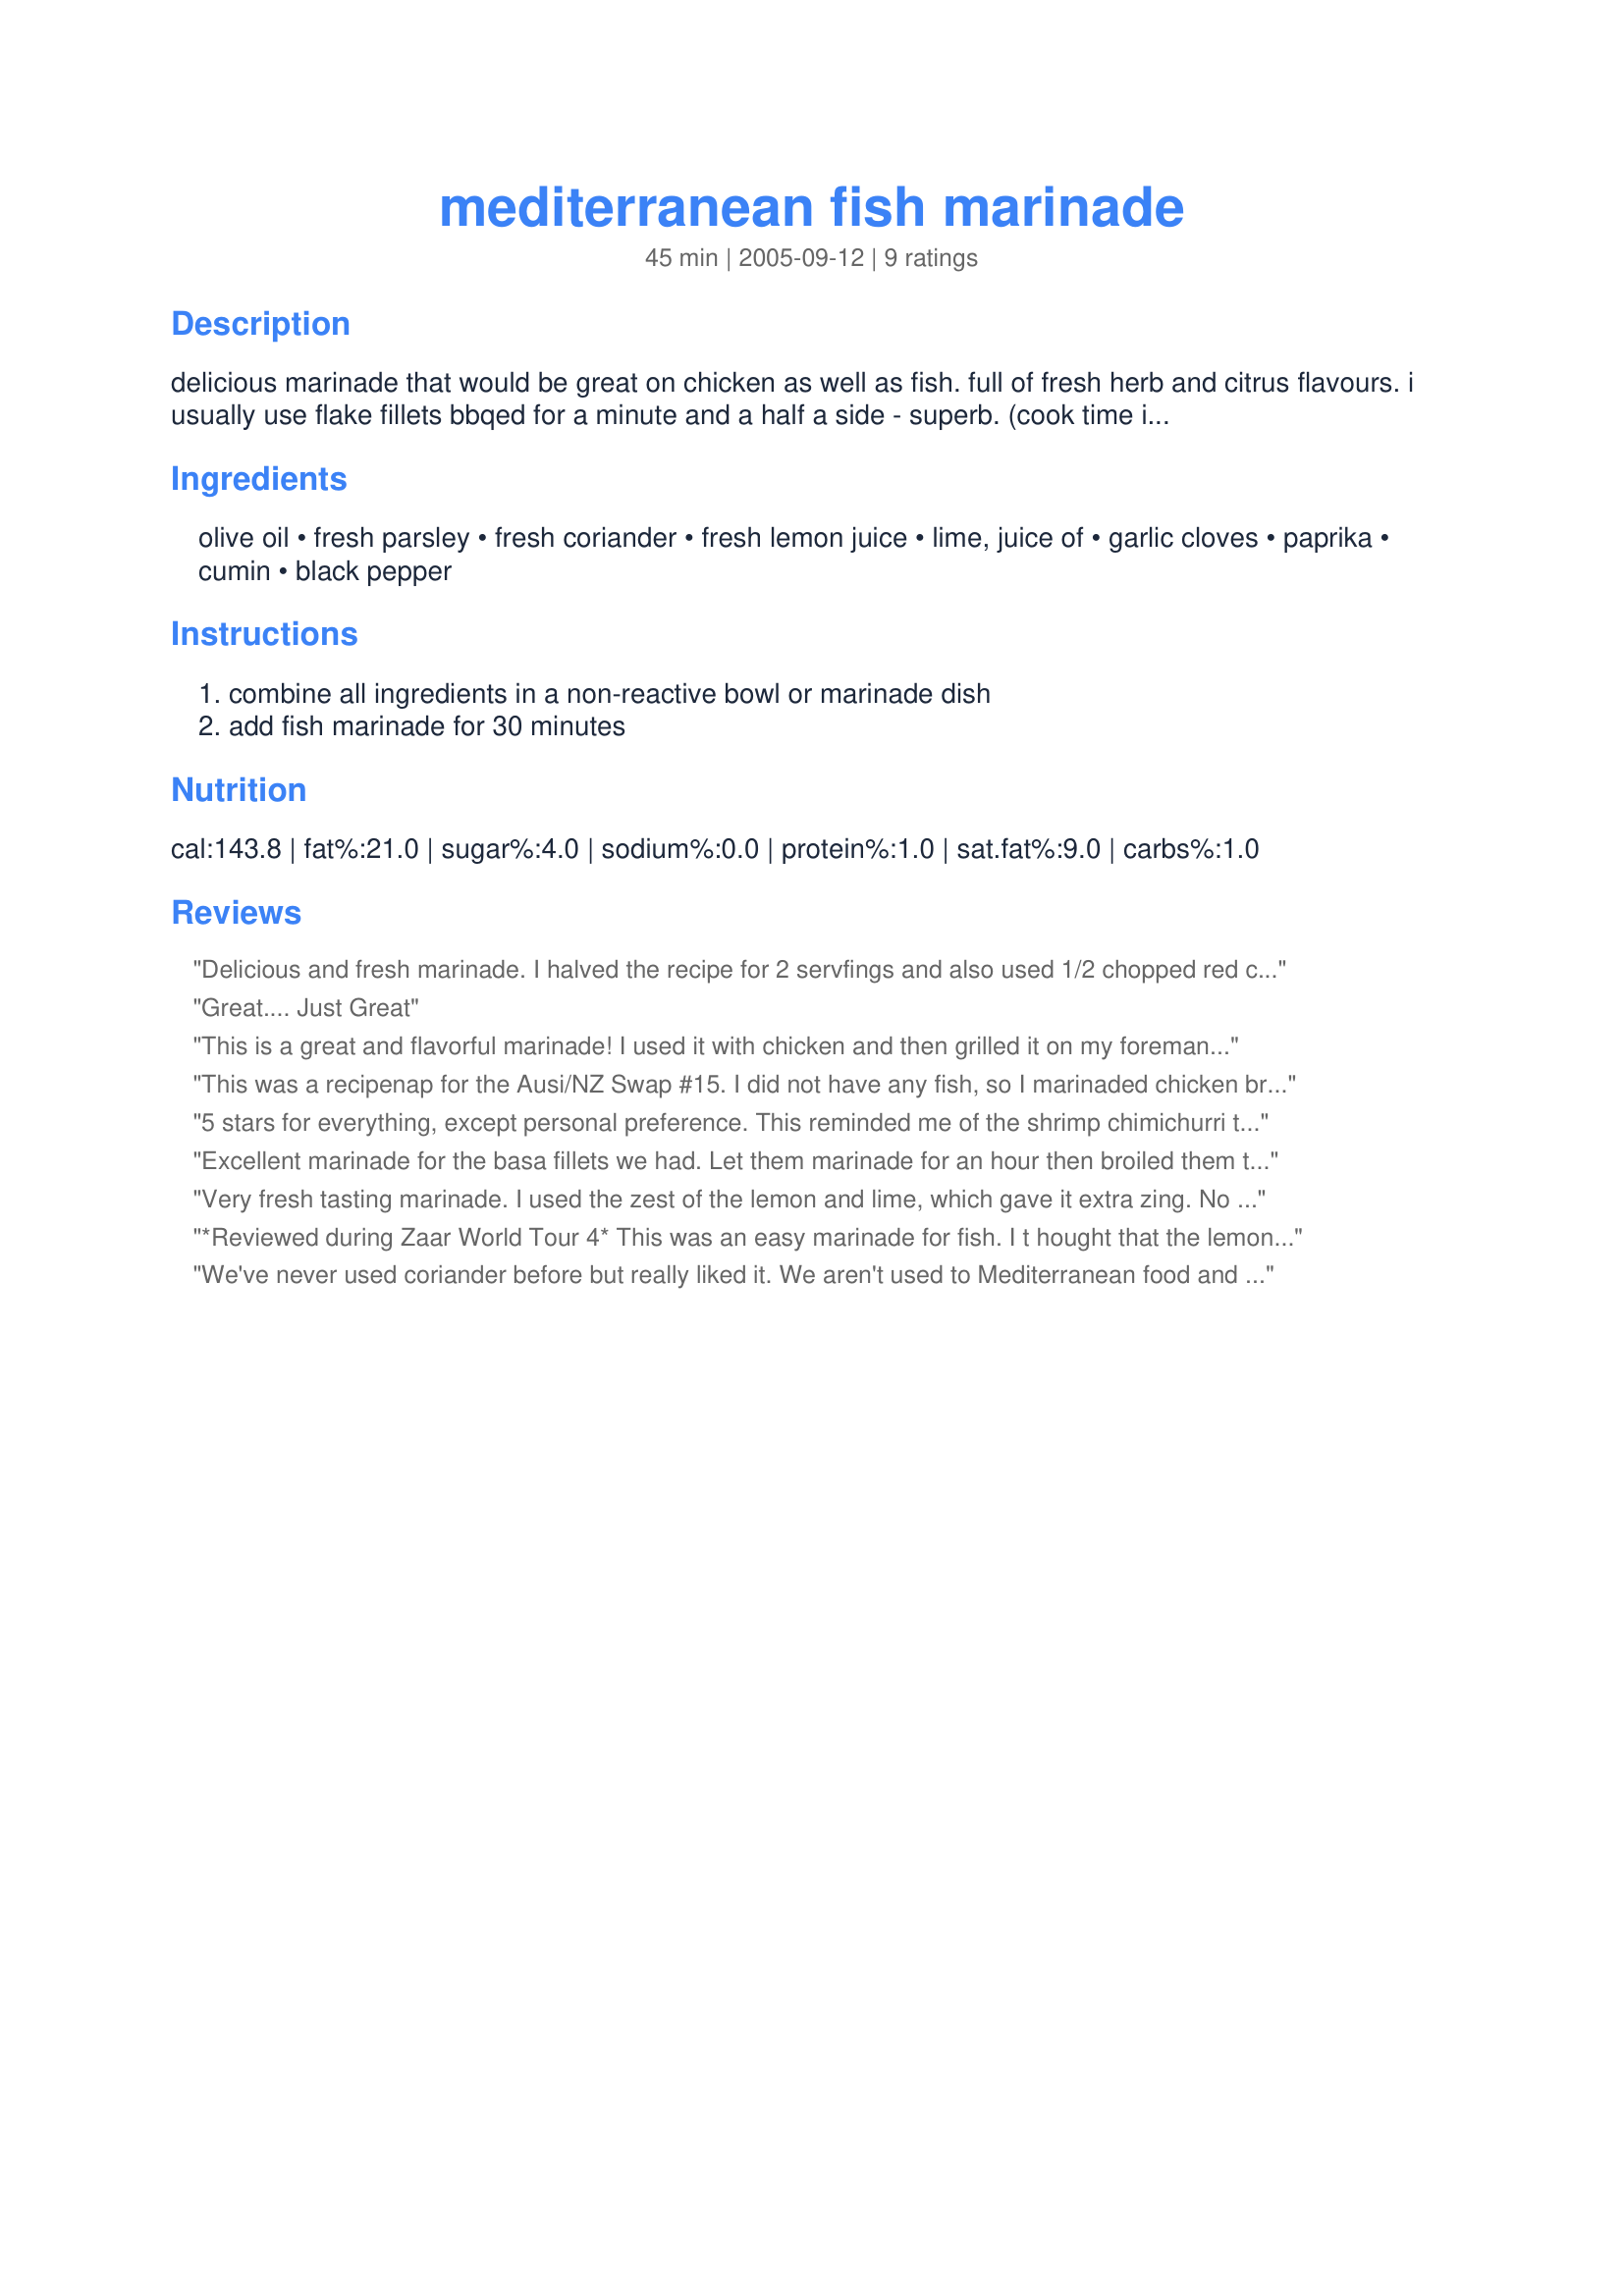
mediterranean fish marinade
Preparation time: 45 minutes

delicious marinade that would be great on chicken as well as fish. full of fresh herb and citrus flavours. i usually use flake fillets bbqed for a minute and a half a side - superb. (cook time is marinade time)

Ingredients:
olive oil, fresh parsley, fresh coriander, fresh lemon juice, lime, juice of, garlic cloves, paprika, cumin, black pepper

Steps:
combine all ingredients in a non-reactive bowl or marinade dish, add fish marinade for 30 minutes

Reviews:
Delicious and fresh marinade. I halved the recipe for 2 servfings and also used 1/2 chopped red chili for colour. I only had 1/2tsp of paprika so used only a pinch of cumin. Was very tasty and looked great served with the fish.
Great.... Just Great
This is a great and flavorful marinade! I used it with chicken and then grilled it on my foreman. It also really soaks into the meat, and quickly which I have found isn't always the case with some marinades. Very simple and something I will make again!
This was a recipenap for the Ausi/NZ Swap #15. I did not have any fish, so I marinaded chicken breasts in it. It was supposed to be cooked on the grill, but our 30% chance of rain turned into a huge thunderstorm and left us with a forecast of 3 more days of rain. I ended up cooking the chicken in the oven. I am looking forward to trying this on fish soon.
5 stars for everything, except personal preference. This reminded me of the shrimp chimichurri that my bf and I had at Red Lobster awhile back, but neither of us were keen on the flavor, even though they are great flavors. Hope that makes sense. I mean the flavors were wonderful, the marinade got into the fish nicely, and it was worth me buying fresh cilantro and parsley, used a bit of lemon and lime zest, fresh lemon and lime juice... so I really went out of my way to use fresh stuff, except the garlic was jarred minced. I halved the recipe and marinated 2 tilapia fillets for 4 1/2 hrs (approx 2 hours, flipped, 2 1/2 hrs on the other side). I broiled the fillets for 12 mins on one side and 5 mins on the other. Served with white rice. It's so weird that neither of us liked this much, yet we usually do like these flavors. Bf says this was okay but he prefers the other ways I've made tilapia. Oh well, it was a good try, and since nothing was really wrong with this recipe, I can't find it in my heart to be the first to give this 3 stars. :( So for flavor, prep, and ease, it gets 5. That sorta averages out to 4. Thanks for sharing!
Excellent marinade for the basa fillets we had. Let them marinade for an hour then broiled them till flaky. Made for an absolutely first class meal, accompanied by Greek salad and garlic toast. We love the lemon/lime fresh zing, the lively flavours of the parsley and coriander (cilantro), and the boldness of the paprika/cumin blend. Wow, wow, wow. A sure keeper. Thanks for posting, Sarah! Here's an update on my continued use of this marinade recipe - I peeled a bag of prawns and set them aside to marinade for an hour or so, then broiled them on metal skewers. It just keeps getting better.
Very fresh tasting marinade. I used the zest of the lemon and lime, which gave it extra zing. No photo unfortunalty as I marinated it overnight, cooked it in the morning then took it to work for lunch. (served it with rice, it microwaved beautifully. Thank Sarah!
*Reviewed during Zaar World Tour 4* This was an easy marinade for fish. I t hought that the lemon flavour would be a little stronger. I think next time I'll add the zest of the lemon and lime as well. Used on basa fish fillets. Photo also being posted
We've never used coriander before but really liked it. We aren't used to Mediterranean food and this took us a couple bites to get used to, but then we loved it =]
